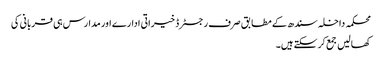
محکمہ داخلہ سندھ کے مطابق صرف رجسٹرڈ خیراتی ادارے اور مدارس ہی قربانی کی
کھالیں جمع کرسکتے ہیں۔